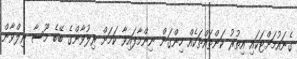
ގެނައުމަށްޓަކައި އިތުރު ކަންތައްތަކެއް ހިންގަން ނިންމާފައިވާ ކަމަށް ރިލުވާންގެ ބޭބެ މޫސާ ރިލްވާން